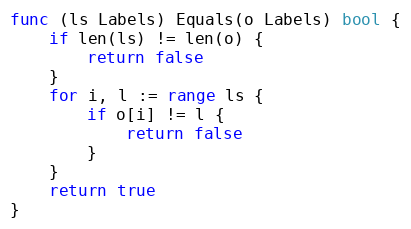
Language: Go
func (ls Labels) Equals(o Labels) bool {
	if len(ls) != len(o) {
		return false
	}
	for i, l := range ls {
		if o[i] != l {
			return false
		}
	}
	return true
}